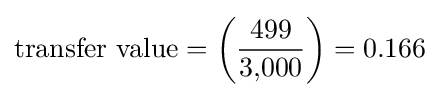
{\mbox{transfer value}}=\left({{\rm {\mbox{499}}} \over {\rm {\mbox{3,000}}}}\right)=0.166